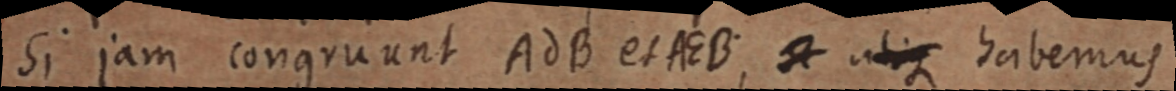
Si jam congruunt AdB et AEB; utique habemus